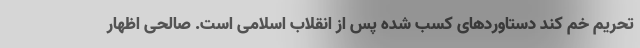
تحریم خم کند دستاوردهای کسب شده پس از انقلاب اسلامی است. صالحی اظهار